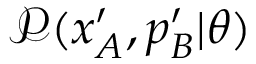
\mathcal { P } ( x _ { A } ^ { \prime } , p _ { B } ^ { \prime } | \theta )